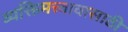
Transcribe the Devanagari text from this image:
व्यक्तिमत्त्वावासाठी